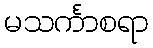
မသင်္ကာစရာ